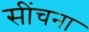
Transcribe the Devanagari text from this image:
सींचना